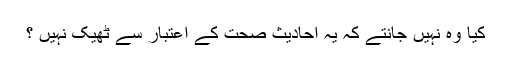
کیا وہ نہیں جانتے کہ یہ احادیث صحت کے اعتبار سے ٹھیک نہیں ؟